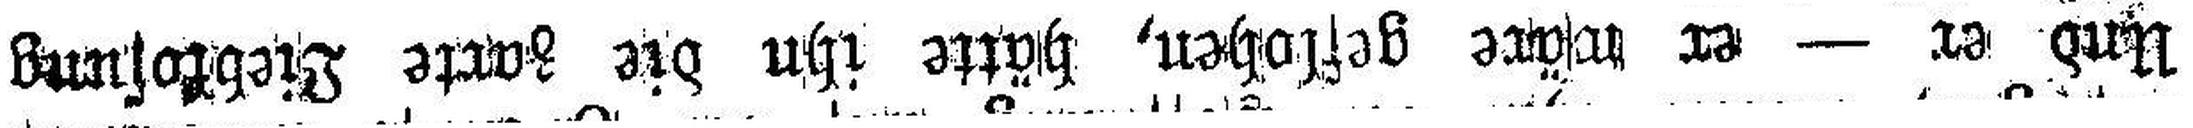
Und er — er wäre geflohen, hätte ihn die zarte Liebkosung